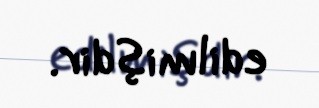
edilmişdir.